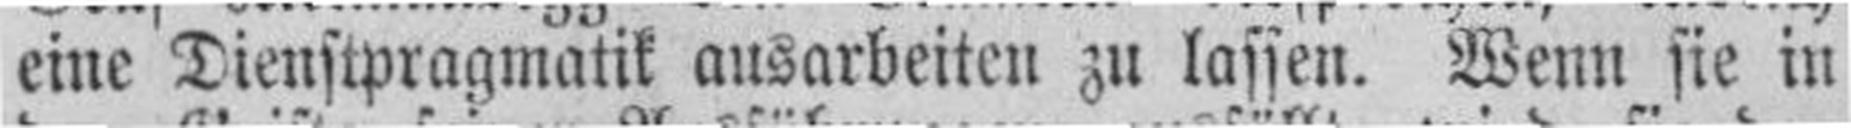
eine Dienstpragmatik ausarbeiten zu lassen. Wenn sie in